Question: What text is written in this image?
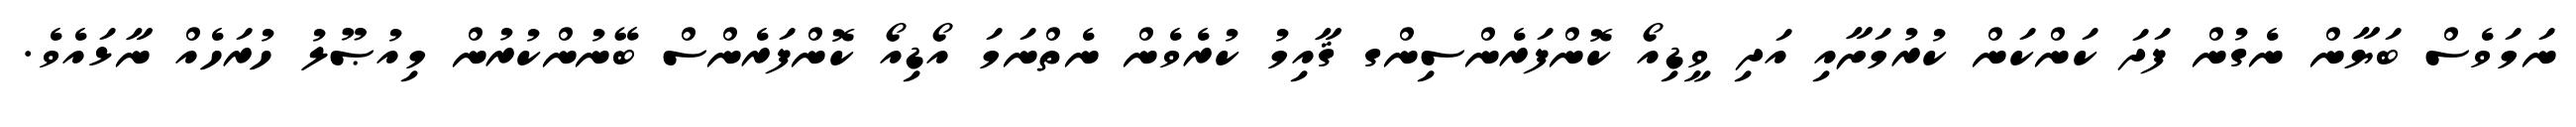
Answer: ނަމަވެސް ބަޔާން ނެގުން ފަދަ ކަންކަން ކުރުމަށާއި އަދި ވީޑިއޯ ކޮންފަރެންސިންގ ޤާއިމު ކުރެވެން ނެތްނަމަ އޯޑިއޯ ކޮންފަރެންސް ބޭނުންކުރުން މިއުޞޫލު ހުރަހެއް ނާޅައެވެ.